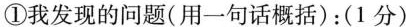
①我发现的问题(用一句话概括)：(1分)